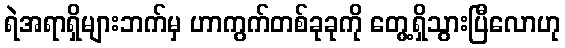
ရဲအရာရှိများဘက်မှ ဟာကွက်တစ်ခုခုကို တွေ့ရှိသွားပြီလောဟု